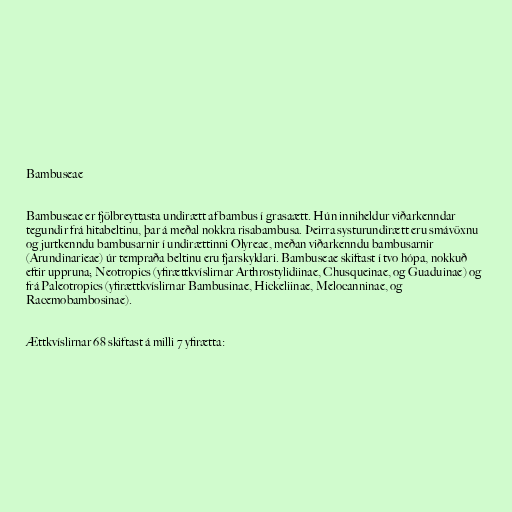
Bambuseae

Bambuseae er fjölbreyttasta undirætt af bambus í grasaætt. Hún inniheldur viðarkenndar
tegundir frá hitabeltinu, þar á meðal nokkra risabambusa. Þeirra systurundirætt eru smávöxnu
og jurtkenndu bambusarnir í undirættinni Olyreae, meðan viðarkenndu bambusarnir
(Arundinarieae) úr tempraða beltinu eru fjarskyldari. Bambuseae skiftast í tvo hópa, nokkuð
eftir uppruna; Neotropics (yfirættkvíslirnar Arthrostylidiinae, Chusqueinae, og Guaduinae) og
frá Paleotropics (yfirættkvíslirnar Bambusinae, Hickeliinae, Melocanninae, og
Racemobambosinae).

Ættkvíslirnar 68 skiftast á milli 7 yfirætta: